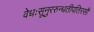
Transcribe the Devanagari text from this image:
वेधःसूनुररुन्धतीपतिरसौ